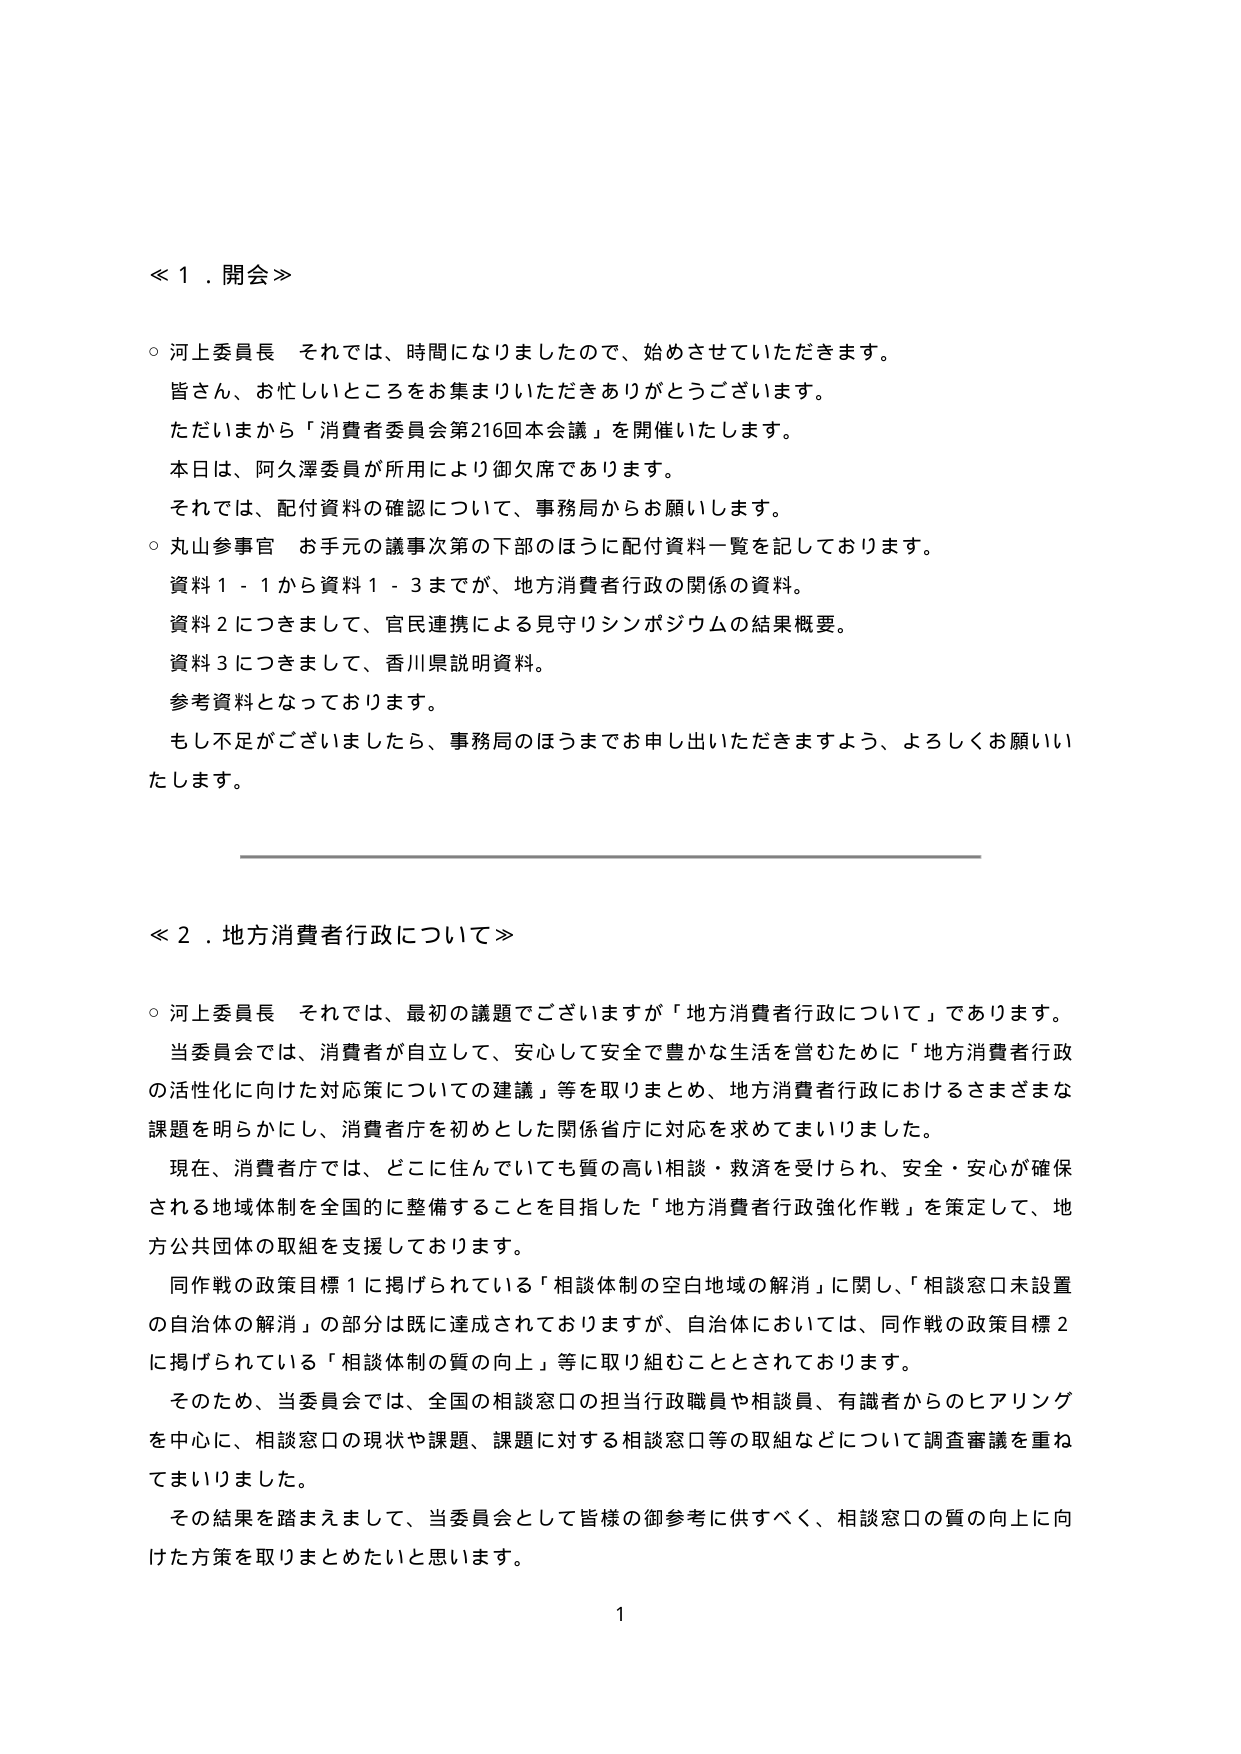
≪１．開会≫

○ 河上委員長　それでは、時間になりましたので、始めさせていただきます。
　皆さん、お忙しいところをお集まりいただきありがとうございます。
　ただいまから「消費者委員会第216回本会議」を開催いたします。
　本日は、阿久澤委員が所用により御欠席であります。
　それでは、配付資料の確認について、事務局からお願いします。

○ 丸山参事官　お手元の議事次第の下部のほうに配付資料一覧を記しております。
　資料１－１から資料１－３までが、地方消費者行政の関係の資料。
　資料２につきまして、官民連携による見守りシンポジウムの結果概要。
　資料３につきまして、香川県説明資料。
　参考資料となっております。
　もし不足がございましたら、事務局のほうまでお申し出いただきますよう、よろしくお願いいたします。

≪２．地方消費者行政について≫

○ 河上委員長　それでは、最初の議題でございますが「地方消費者行政について」であります。
　当委員会では、消費者が自立して、安心して安全で豊かな生活を営むために「地方消費者行政の活性化に向けた対応策についての建議」等を取りまとめ、地方消費者行政におけるさまざまな課題を明らかにし、消費者庁を初めとした関係省庁に対応を求めてまいりました。
　現在、消費者庁では、どこに住んでいても質の高い相談・救済を受けられ、安全・安心が確保される地域体制を全国的に整備することを目指した「地方消費者行政強化作戦」を策定して、地方公共団体の取組を支援しております。
　同作戦の政策目標１に掲げられている「相談体制の空白地域の解消」に関し、「相談窓口未設置の自治体の解消」の部分は既に達成されておりますが、自治体においては、同作戦の政策目標２に掲げられている「相談体制の質の向上」等に取り組むこととされております。
　そのため、当委員会では、全国の相談窓口の担当行政職員や相談員、有識者からのヒアリングを中心に、相談窓口の現状や課題、課題に対する相談窓口等の取組などについて調査審議を重ねてまいりました。
　その結果を踏まえまして、当委員会として皆様の御参考に供すべく、相談窓口の質の向上に向けた方策を取りまとめたいと思います。

1